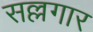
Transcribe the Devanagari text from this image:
सल्लगार